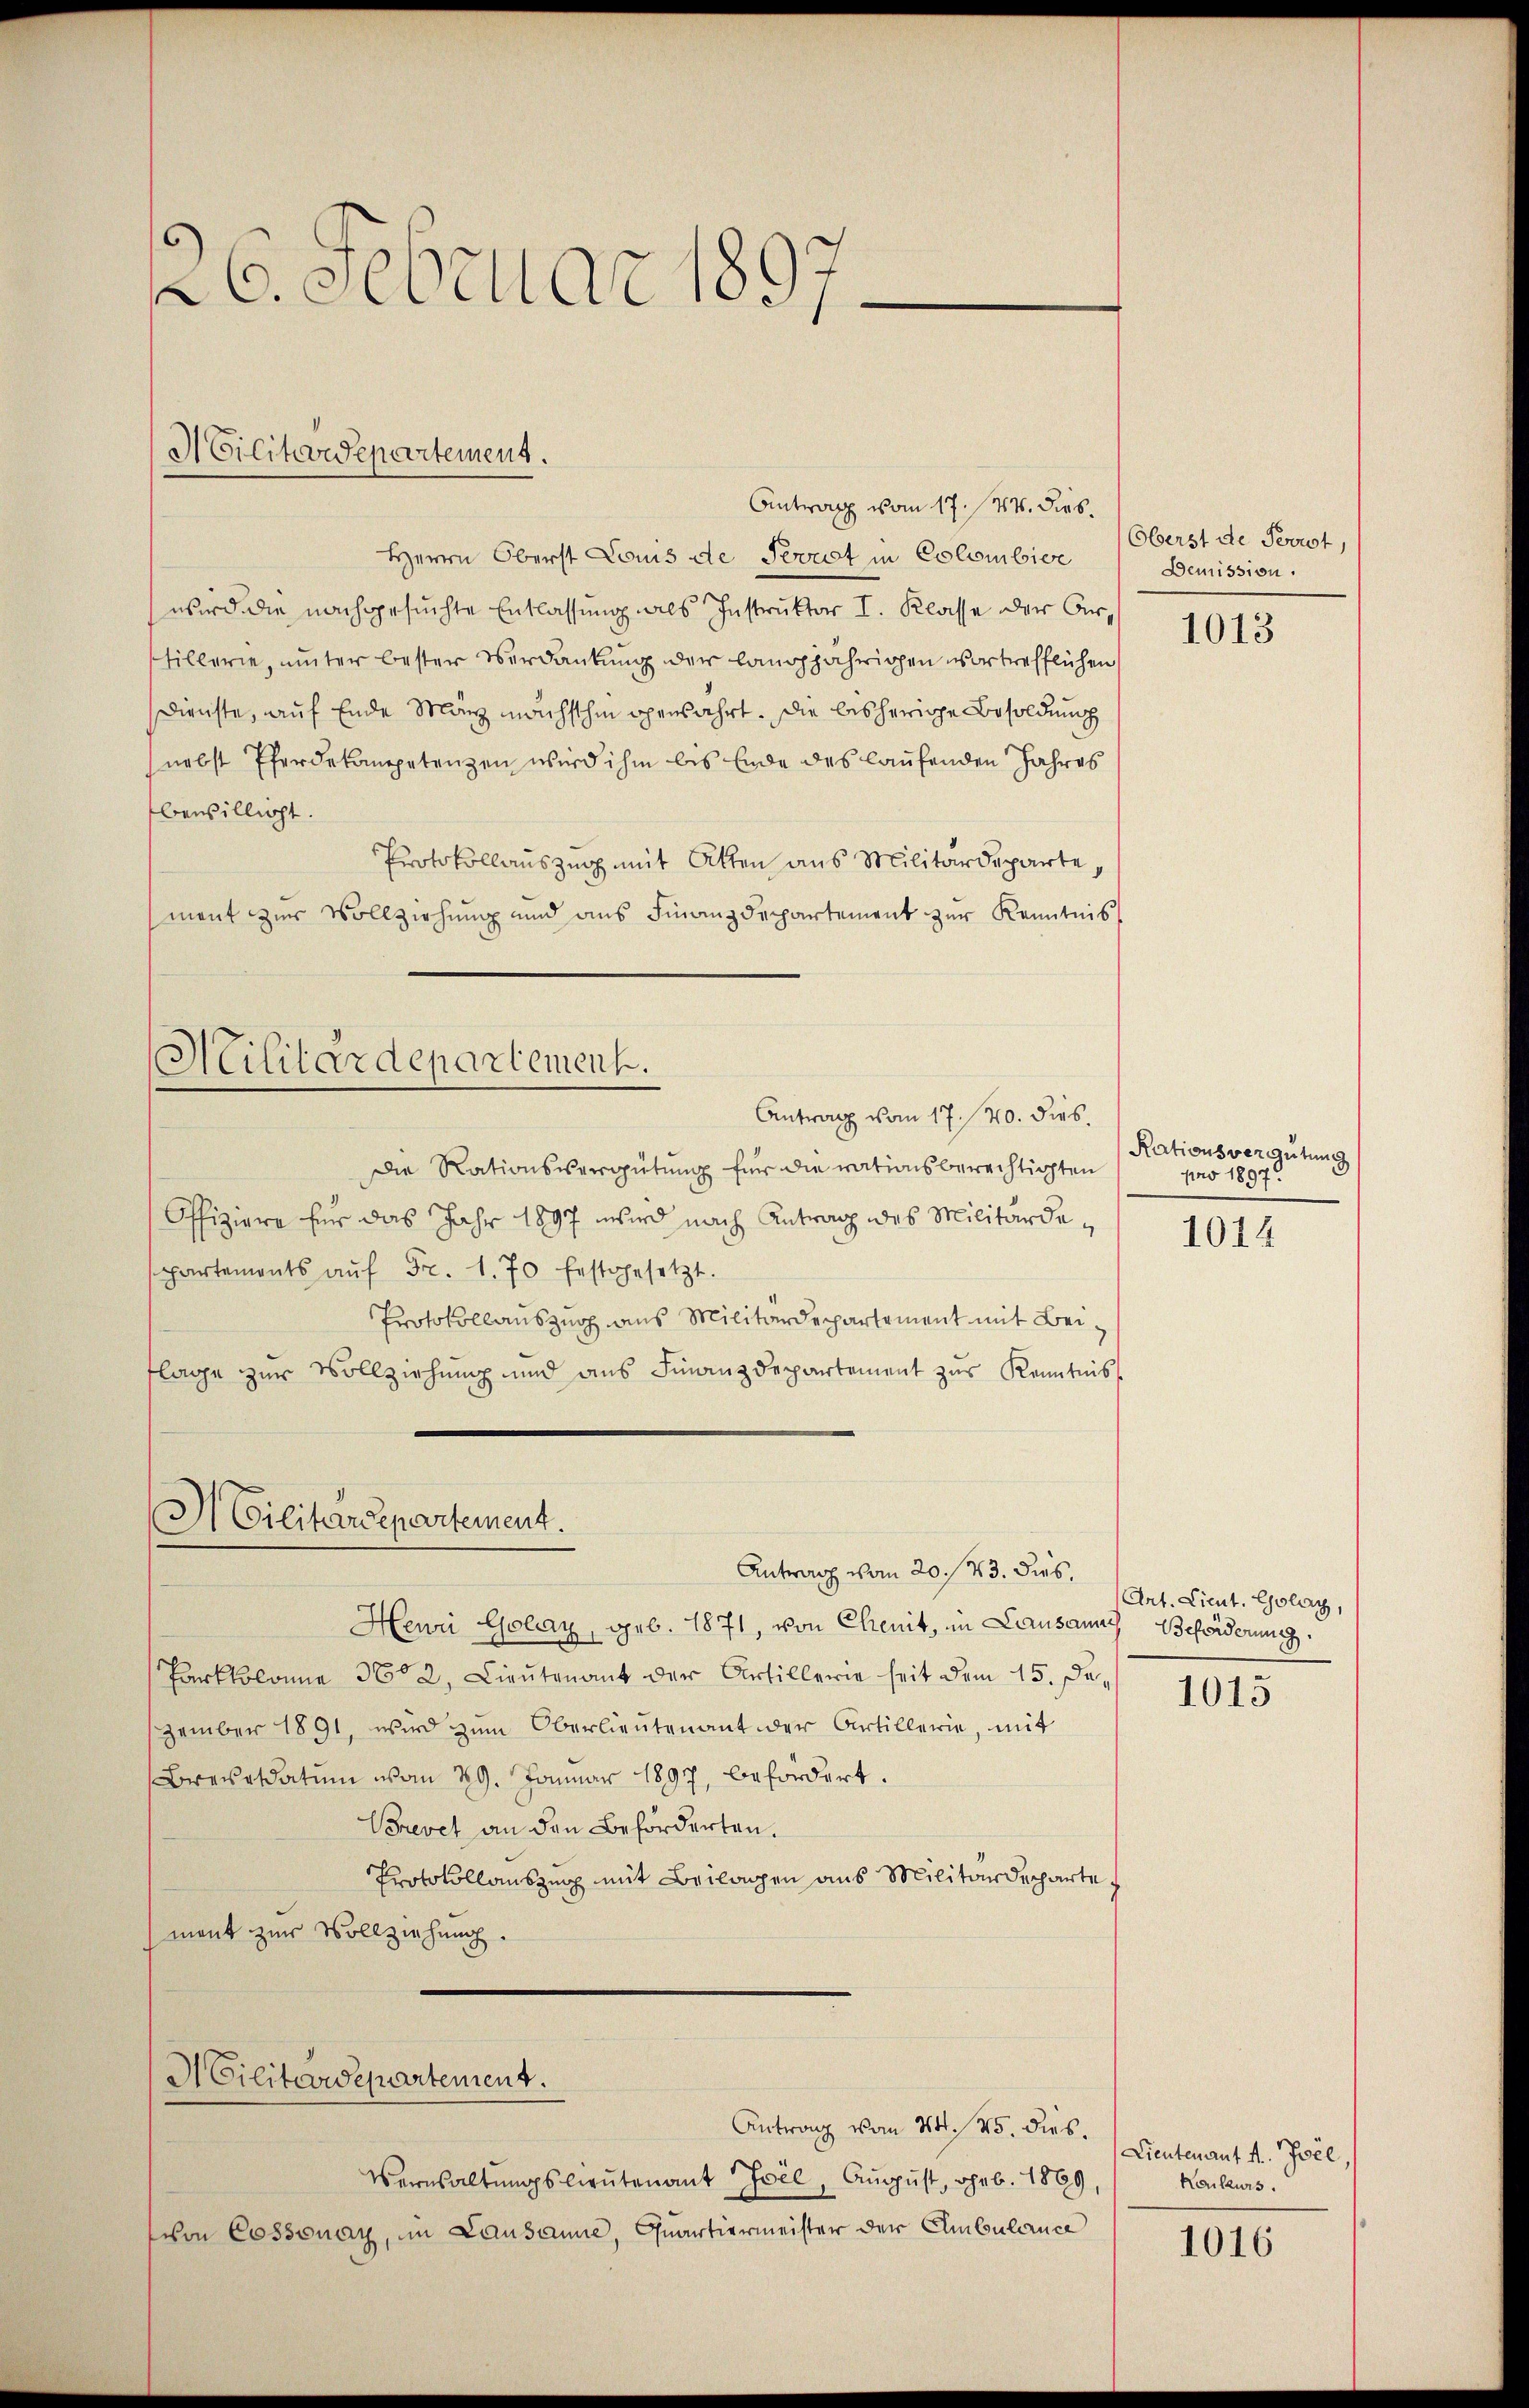
26. Februar 1897

Militärdepartement.

Antrag vom 17. 44. dies¬
Herrn Oberst Louis de Perrot in Colombier
wird die nachgesuchte Entlassung als Instruktor I. Klasse der Artillerie, unter bester Verdankung der langjährigen vortrefflichen
dienste, auf Ende März machsthin operfahrt. Die bisherige Besoldung
nebst Pferdekompetenzen wird ihm bis Ende des laufenden Jahres
bewilligt.
Protokollauszug mit Atten aus Militärdeparte,
ment zur Vollziehung und ans Finanzdepartement zur Kenntnis
Militärdepartement.
Antrag vom 17. 20. dies.
Die Rationsvergütung für die rationsberechtigten
Offiziere für das Jahr 1897 wird nach Antrag des Militärdeppartements aŭf Fr. 1. 70 festgesetzt.
Protokollauszug aus Militärdepartement mit Beiflage zur Vollziehung und aus Finanzdepartement zur Kenntnis
3Cilitärdepartement.

Antrag vom 20. 143. Dies

Henri Golay, geb. 1871, von Chenit, in Lausannes Beförderung
Parkkolome 362, Lieutenant der Artillerie seit dem 15. Dezember 1891, wird zum Oberlieutenant der Artillerie, mit
Brevesdatum vom 29. Januar 1897, befördert.
Brevet an den Beförderten.
Protokollauszug mit Beilagen aus Militärdeparte
mant zur Vollziehung.

Militärdepartement.

Antrag vom 24. 25. dies.
Vernsaltŭngslieutenant sie, August, geb. 1899,
von Cossonay, in Lausanne, Quartiermeister der Ambuldene

Oberst de Perrot,
Demission.

1013

Rationsvergütung
pro 1897.

1014

Art. Lieut. Golay,

1015

Lieutenant d. Jsée,
Kaikurs.

1016